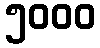
၅၀၀၀